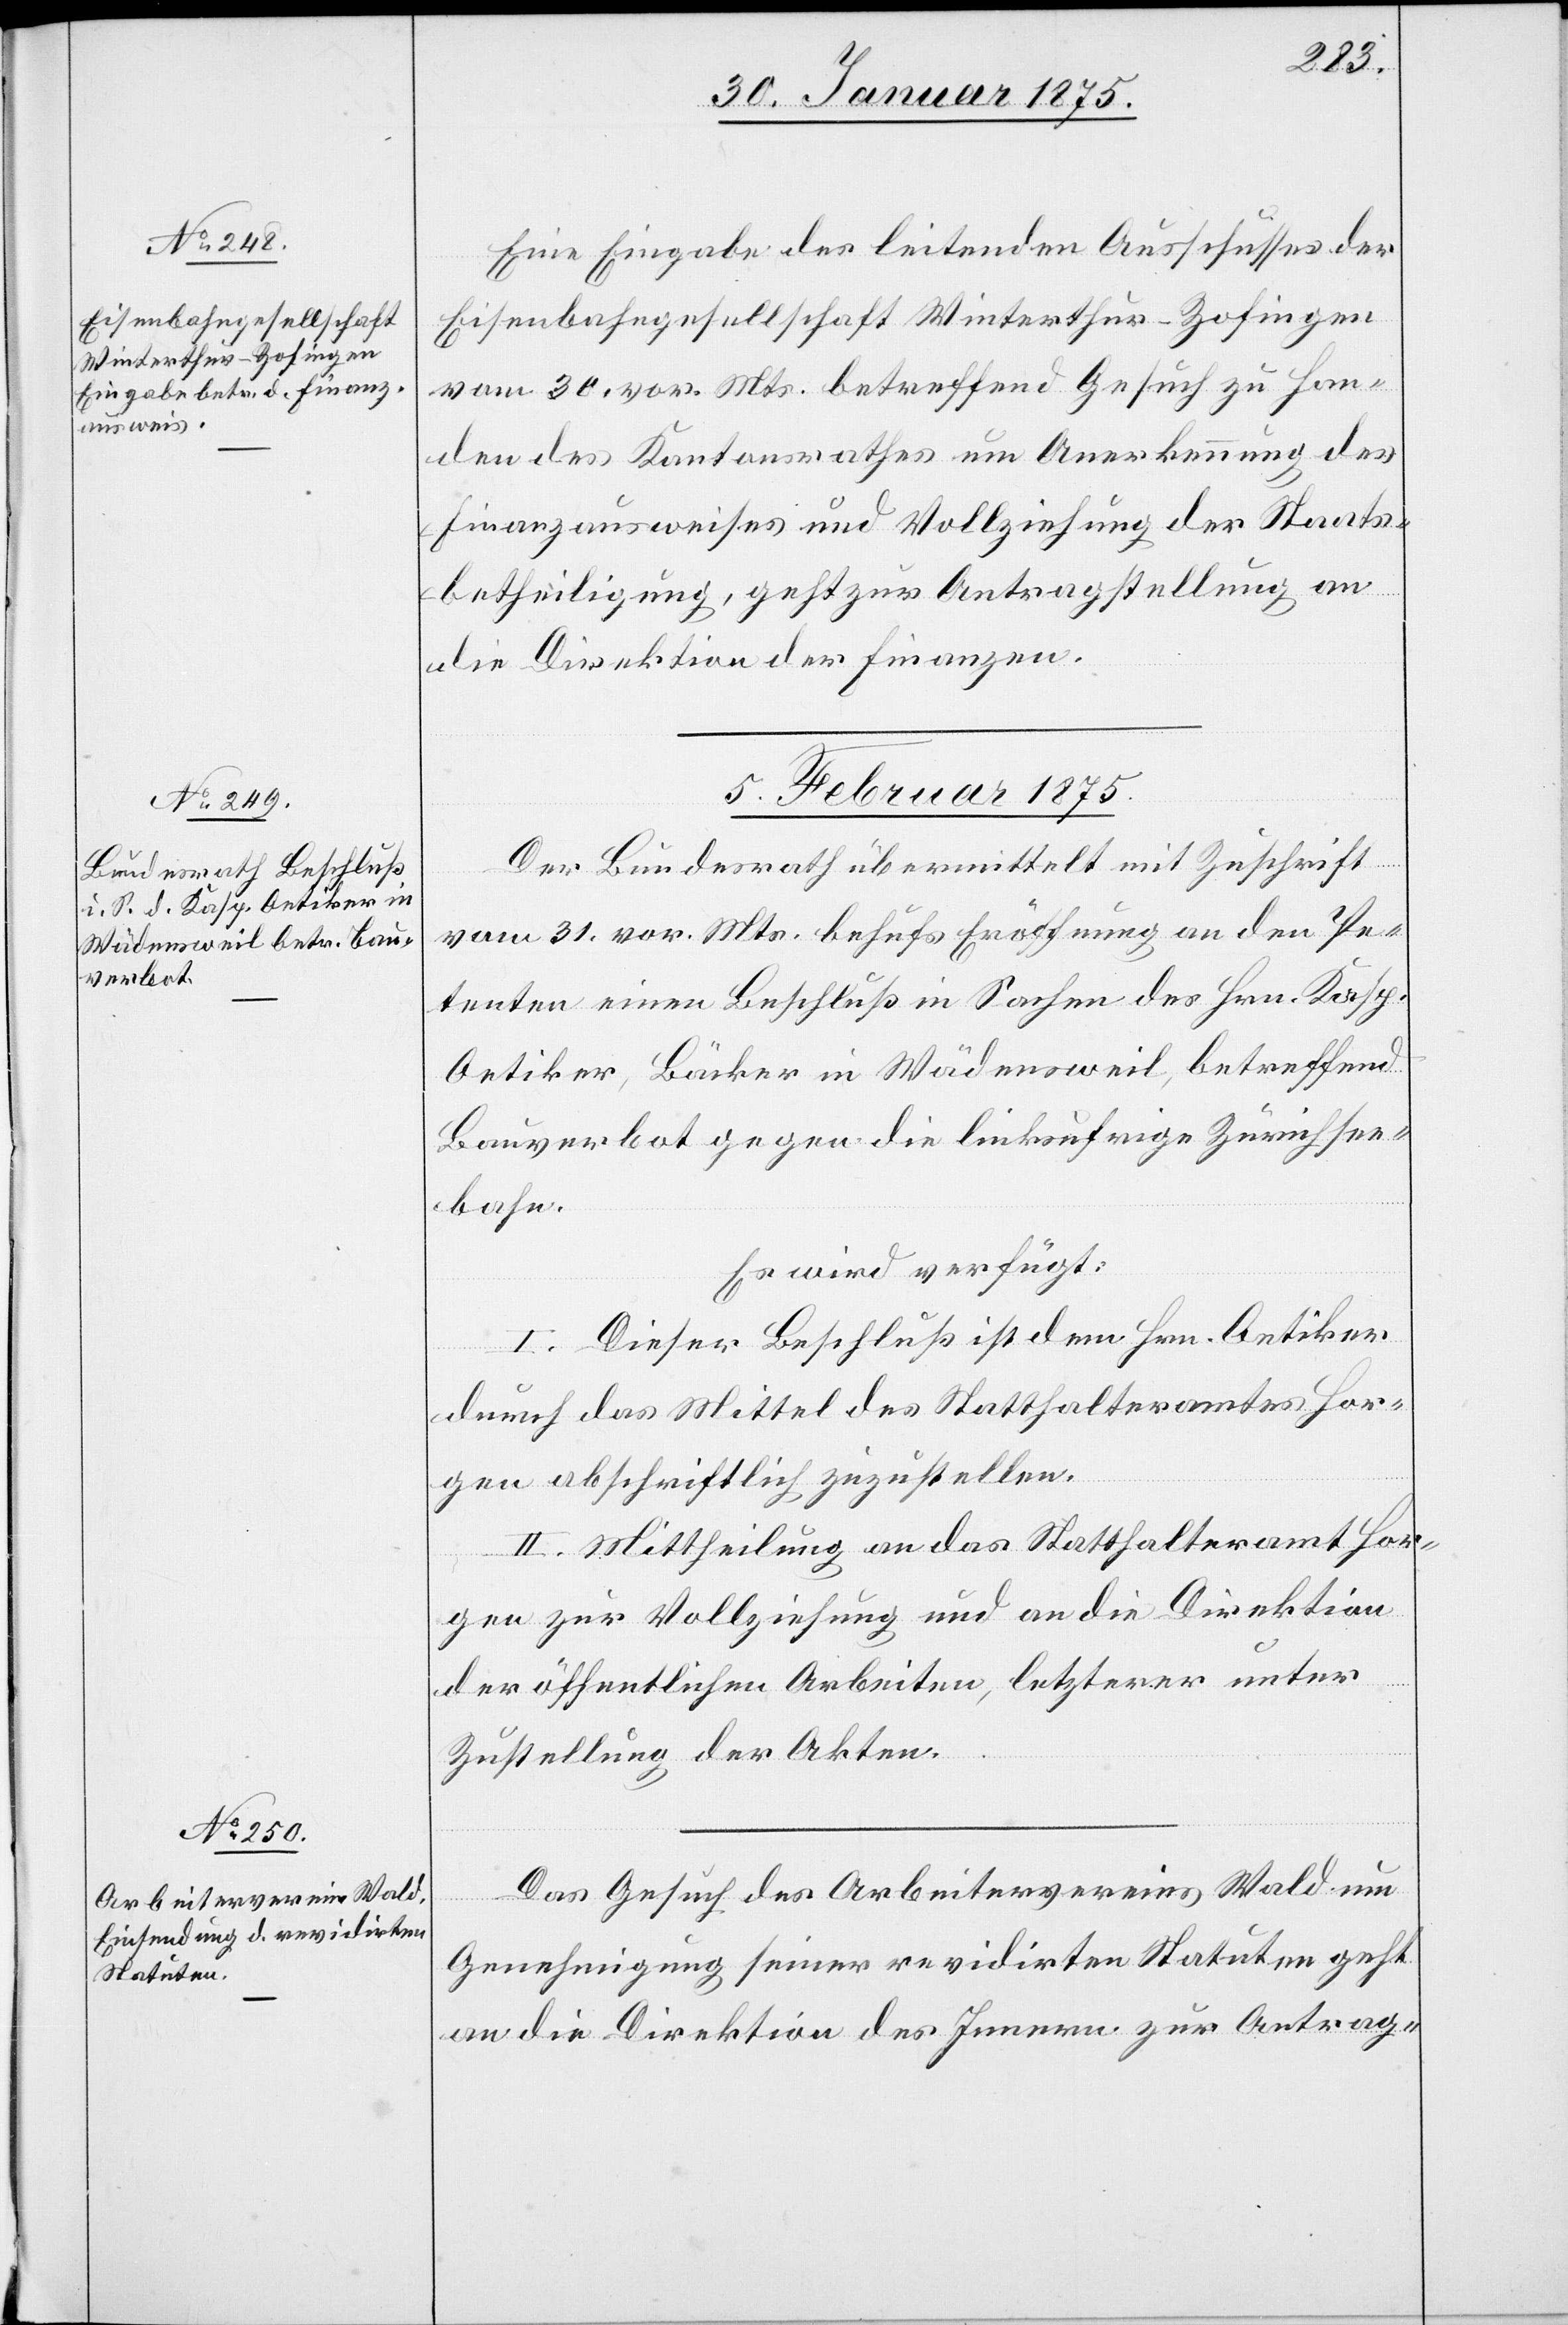
Eine Eingabe des leitenden Ausschusses der
Eisenbahngesellschaft Winterthur–Zofingen
vom 30. vor. Mts. betreffend Gesuch zu Han¬
den des Kantonsrathes um Anerkennung des
Finanzausweises und Vollziehung der Staats¬
betheiligung, geht zur Antragstellung an
die Direktion der Finanzen.
5. Februar 1875.]
Der Bundesrath übermittelt mit Zuschrift
vom 31. vor. Mts. behufs Eröffnung an den Pe¬
tenten einen Beschluß in Sachen des Hrn. Kasp.
Oetiker, Bäcker in Wädensweil, betreffend
Bauverbot gegen die linksufrige Zürichsee¬
bahn.
Es wird verfügt:
I. Dieser Beschluß ist dem Hrn. Oetiker
durch das Mittel des Statthalteramtes Hor¬
gen abschriftlich zuzustellen.
II. Mittheilung an das Statthalteramt Hor¬
gen zur Vollziehung und an die Direktion
der öffentlichen Arbeiten, letzterer unter
Zustellung der Akten.
Das Gesuch des Arbeitervereins Wald um
Genehmigung seiner revidirten Statuten geht
an die Direktion des Innern zur Antrag-